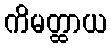
ကိမတ္ထာယ